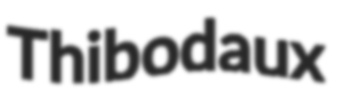
Thibodaux